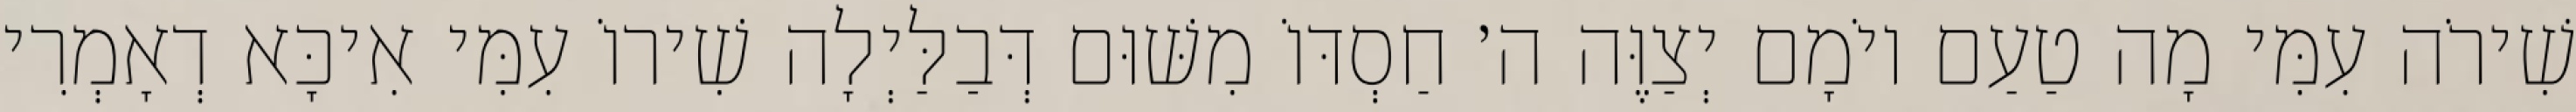
שִׁירֹה עִמִּי מָה טַעַם יוֹמָם יְצַוֶּה ה׳ חַסְדּוֹ מִשּׁוּם דְּבַלַּיְלָה שִׁירוֹ עִמִּי אִיכָּא דְאָמְרִי